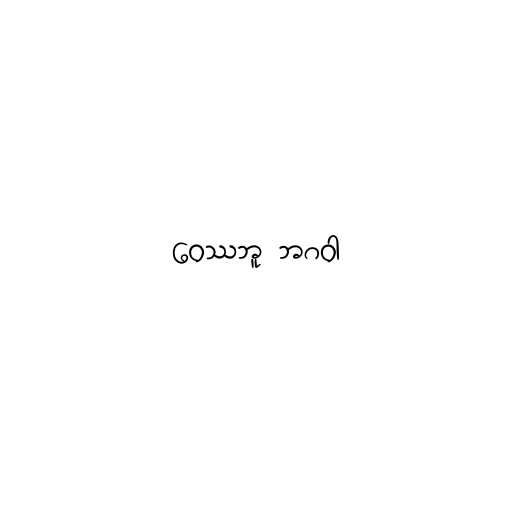
ဝေဿဘူ ဘဂဝါ